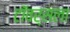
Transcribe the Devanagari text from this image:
टॉवर्सला